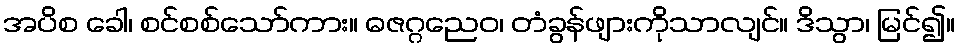
အပိစ ခေါ၊ စင်စစ်သော်ကား။ ဓဇဂ္ဂညေဝ၊ တံခွန်ဖျားကိုသာလျင်။ ဒိသွာ၊ မြင်၍။